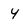
Character: 4